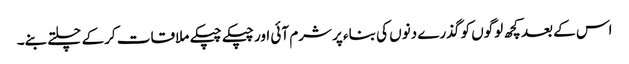
اس کے بعد کچھ لوگوں کو گذرے دنوں کی بناء پر شرم آئی اور چپکے چپکے ملاقات کرکے چلتے بنے۔